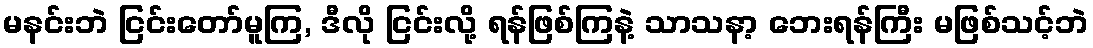
မနင်းဘဲ ငြင်းတော်မူကြ, ဒီလို ငြင်းလို့ ရန်ဖြစ်ကြနဲ့ သာသနာ့ ဘေးရန်ကြီး မဖြစ်သင့်ဘဲ